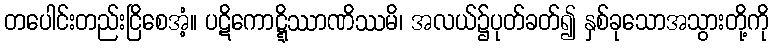
တပေါင်းတည်းငြိစေအံ့။ ပဋိကောဋ္ဋိဿာဏိဿမိ၊ အလယ်၌ပုတ်ခတ်၍ နှစ်ခုသောအသွားတို့ကို